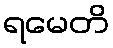
ရမေတိ